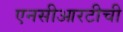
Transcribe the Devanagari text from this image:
एनसीआरटीची